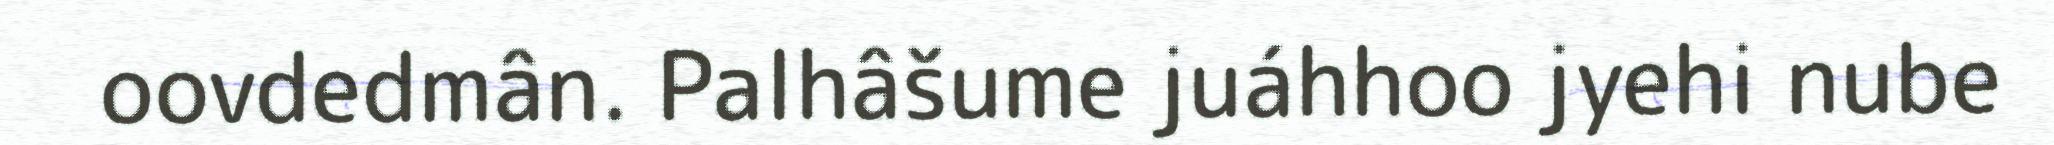
oovdedmân. Palhâšume juáhhoo jyehi nube